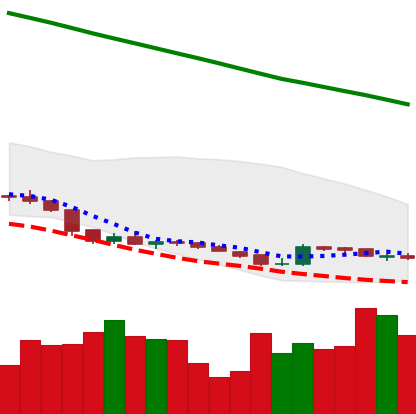
Ticker: XLM-USD
Chart end date: 2019-02-13
Forward return: 8.704%
Label: up_7plus